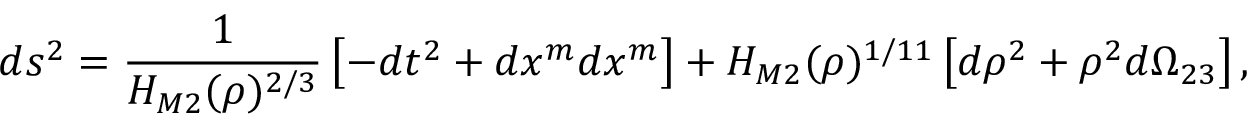
d s ^ { 2 } = \frac { 1 } { H _ { M 2 } ( \rho ) ^ { 2 / 3 } } \left[ - d t ^ { 2 } + d x ^ { m } d x ^ { m } \right] + H _ { M 2 } ( \rho ) ^ { 1 / 1 1 } \left[ d \rho ^ { 2 } + \rho ^ { 2 } d \Omega _ { 2 3 } \right] ,